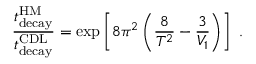
{ \frac { t _ { \mathrm { d e c a y } } ^ { \mathrm { H M } } } { t _ { \mathrm { d e c a y } } ^ { \mathrm { C D L } } } } = \exp \left[ 8 \pi ^ { 2 } \left( { \frac { 8 } { T ^ { 2 } } } - { \frac { 3 } { V _ { 1 } } } \right) \right] \ .